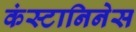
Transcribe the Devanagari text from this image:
कंस्टानिनेस